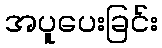
အပူပေးခြင်း